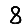
Digit: 8